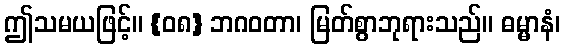
ဤသမယဖြင့်။ {၀၈} ဘဂဝတာ၊ မြတ်စွာဘုရားသည်။ ဓမ္မာနံ၊